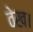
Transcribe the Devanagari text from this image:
वेख।